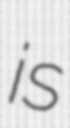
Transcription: is